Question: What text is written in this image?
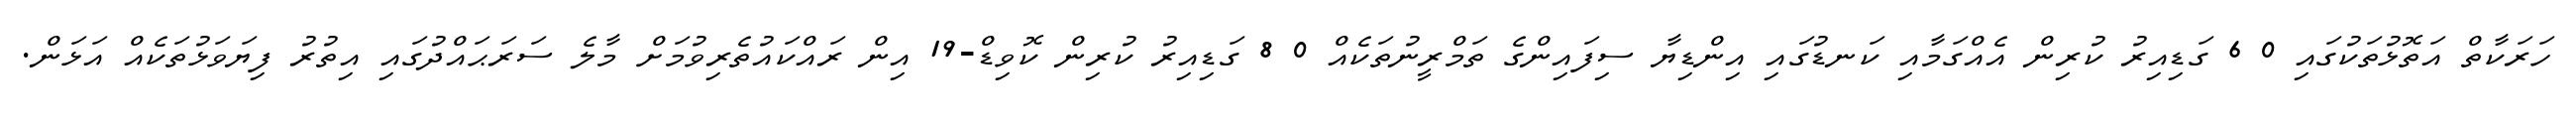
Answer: ހަރަކާތް އަތޮޅުތަކުގައި 0 6 ގަޑިއިރު ކުރިން އެއްގަމާއި ކަނޑުގައި އިންޑިޔާ ސިފައިންގެ ތަމްރީނުތަކެއް 0 8 ގަޑިއިރު ކުރިން ކޮވިޑް-19 އިން ރައްކައުތެރިވުމަށް މާލެ ސަރަޙައްދުގައި އިތުރު ފިޔަވަޅުތަކެއް އަޅަން.